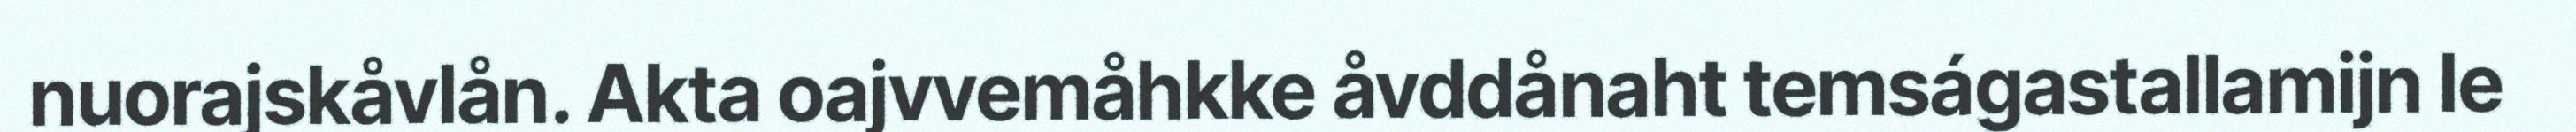
nuorajskåvlån. Akta oajvvemåhkke åvddånaht temságastallamijn le